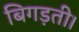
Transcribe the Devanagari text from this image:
बिगड़ती।